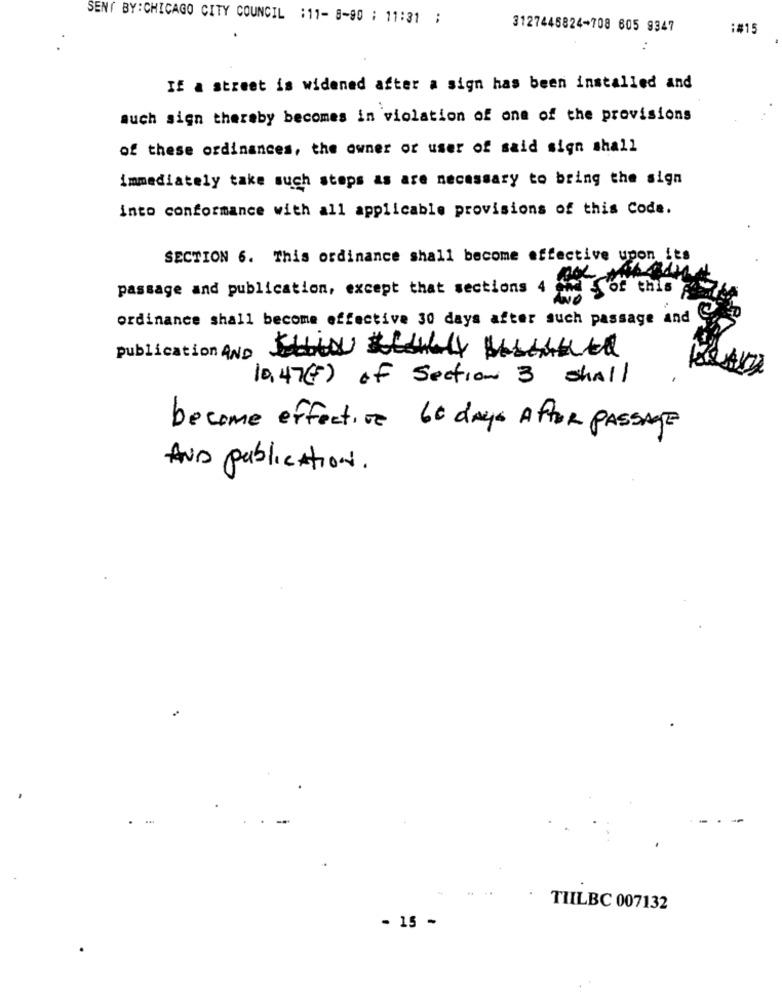
SENT BY:CHICAGO CITY COUNCIL :11- 8-90 ; 11:31 ;
3127445824-708 605 9347
:#15
..
If a street is widened after a sign has been installed and
much sign thereby becomes in violation of one of the provisions
of these ordinances, the owner or user of said sign shall
immediately take such stops as are necessary to bring the sign
into conformance with all applicable provisions of this Code.
SECTION 6. This ordinance shall become effective upon its
passage and publication, except that sections 4
Sof this
ordinance shall become effective 30 days after such passage and
publication AND
10,47(F) of Section 3 shall
become effective 60 days After PASSAGE
AND publicAtion.
TILBC 007132
- 15 -